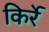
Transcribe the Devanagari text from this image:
किर्रे